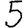
Digit: 5